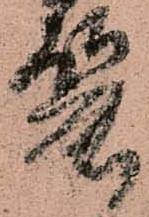
麗